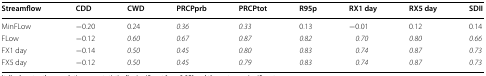
<table><thead><tr><td><b>Streamflow</b></td><td><b>CDD</b></td><td><b>CWD</b></td><td><b>PRCPprb</b></td><td><b>PRCPtot</b></td><td><b>R95p</b></td><td><b>RX1 day</b></td><td><b>RX5 day</b></td><td><b>SDII</b></td></tr></thead><tbody><tr><td>MinFLow</td><td>−0.20</td><td>0.24</td><td><i>0.36</i></td><td><i>0.33</i></td><td>0.13</td><td>−0.01</td><td>0.12</td><td>0.14</td></tr><tr><td>FLow</td><td>−0.12</td><td><i>0.60</i></td><td><i>0.67</i></td><td><i>0.87</i></td><td><i>0.82</i></td><td><i>0.70</i></td><td><i>0.80</i></td><td><i>0.66</i></td></tr><tr><td>FX1 day</td><td>−0.14</td><td><i>0.50</i></td><td><i>0.45</i></td><td><i>0.80</i></td><td><i>0.83</i></td><td><i>0.74</i></td><td><i>0.87</i></td><td><i>0.73</i></td></tr><tr><td>FX5 day</td><td>−0.12</td><td><i>0.50</i></td><td><i>0.45</i></td><td><i>0.79</i></td><td><i>0.83</i></td><td><i>0.74</i></td><td><i>0.87</i></td><td><i>0.73</i></td></tr></tbody></table>